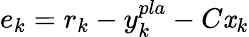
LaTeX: e_{k}=r_{k}-y_{k}^{pla}-C\mathit{x}_{k}